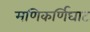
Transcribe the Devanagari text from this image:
मणिकर्णिघाट